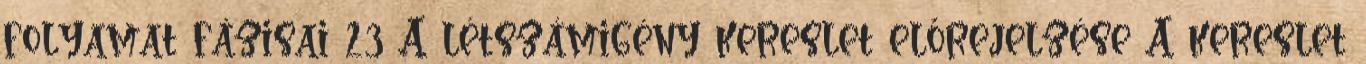
folyamat fázisai 23 A létszámigény kereslet előrejelzése A kereslet